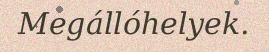
Megállóhelyek.